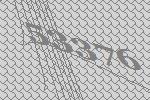
53376